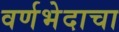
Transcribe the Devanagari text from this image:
वर्णभेदाचा